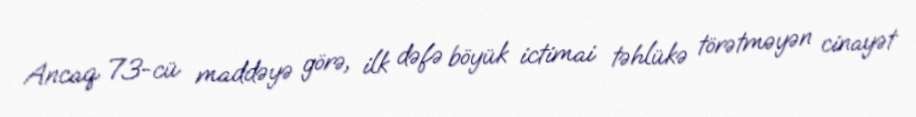
Ancaq 73-cü maddəyə görə, ilk dəfə böyük ictimai təhlükə törətməyən cinayət